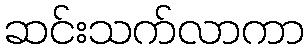
ဆင်းသက်လာကာ